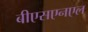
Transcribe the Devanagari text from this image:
बीएसएनएल